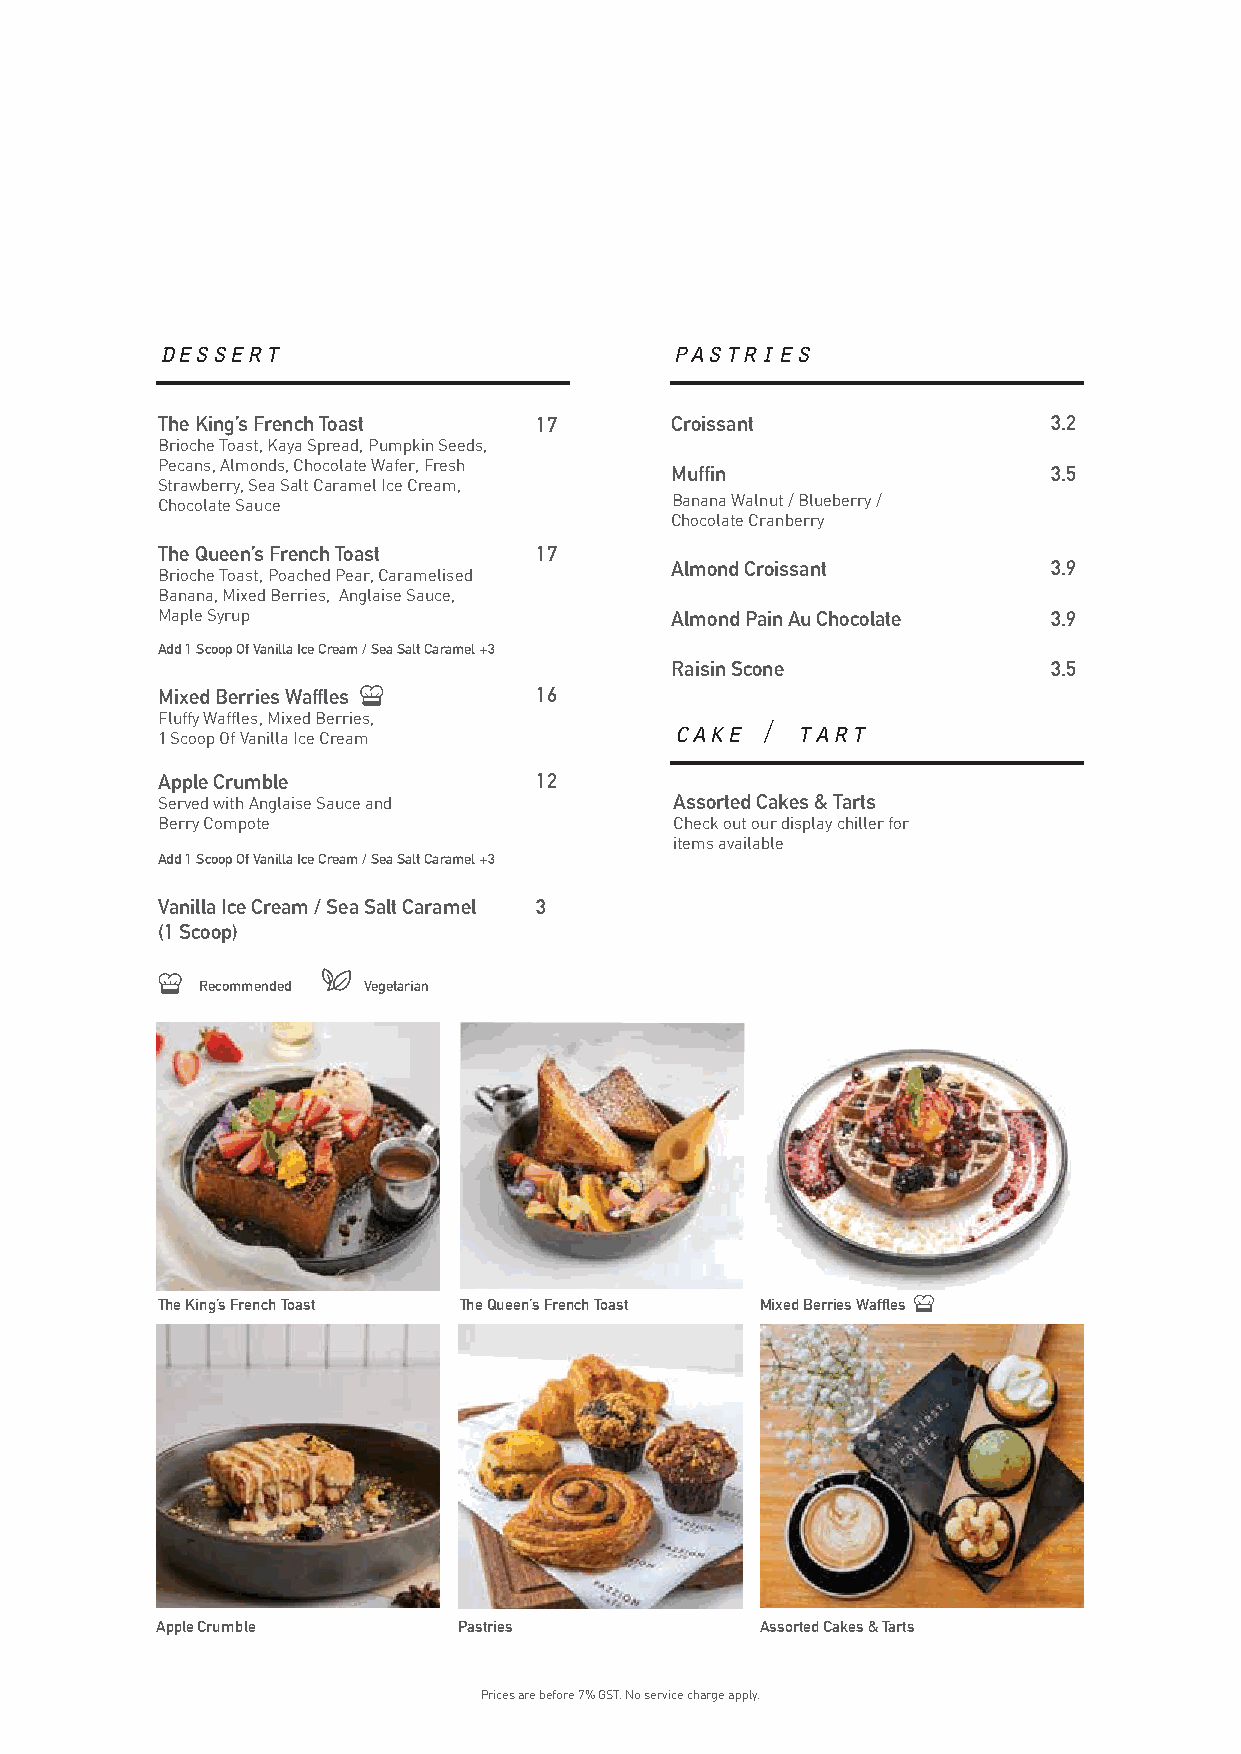
dessert                           pastries
 The King’s French Toast  17       Croissant                 3.2
 Brioche Toast, Kaya Spread, Pumpkin Seeds,
 Pecans, Almonds, Chocolate Wafer, Fresh
 Muffin                    3.5
 Strawberry, Sea Salt Caramel Ice Cream,
 Chocolate Sauce                   Banana Walnut / Blueberry /
 Chocolate Cranberry
 The Queen’s French Toast 17
 Almond Croissant          3.9
 Brioche Toast, Poached Pear, Caramelised
 Banana, Mixed Berries, Anglaise Sauce,
 Maple Syrup                       Almond Pain Au Chocolate  3.9
 Add 1 Scoop Of Vanilla Ice Cream / Sea Salt Caramel +3
 Raisin Scone              3.5
 Mixed Berries Waffles    16
 Fluffy Waffles, Mixed Berries,
 cake /  tart
 1 Scoop Of Vanilla Ice Cream
 Apple Crumble            12
 Served with Anglaise Sauce and     Assorted Cakes & Tarts
 Berry Compote                      Check out our display chiller for
 items available
 Add 1 Scoop Of Vanilla Ice Cream / Sea Salt Caramel +3
 Vanilla Ice Cream / Sea Salt Caramel 3
 (1 Scoop)
 Recommended Vegetarian
 The King’s French Toast The Queen’s French Toast Mixed Berries Waffles
 Apple Crumble       Pastries            Assorted Cakes & Tarts
 Prices are before 7% GST. No service charge apply.